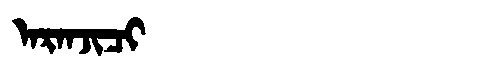
Manchu: ᠠᡵᠠᠨᠵᡳᠴᡳ
Romanization: ARANJICI